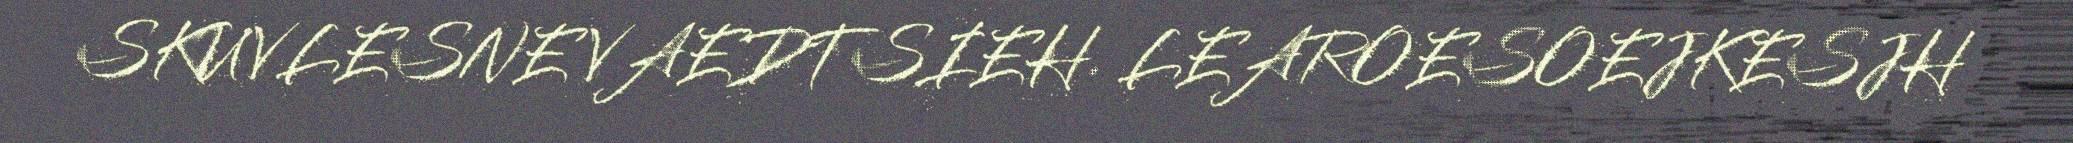
SKUVLESNE VAEDTSIEH. LEAROESOEJKESJH